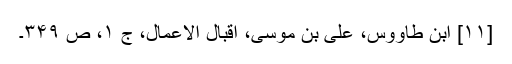
[۱۱] ابن طاووس، علی بن موسی، اقبال الاعمال، ج ۱، ص ۳۴۹۔